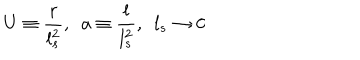
LaTeX: U \equiv \frac { r } { l _ { s } ^ { 2 } } , \ \ a \equiv \frac { l } { l _ { s } ^ { 2 } } , \ \ l _ { s } \rightarrow 0